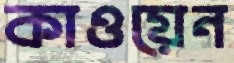
কাওয়েন